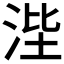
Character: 𰛭